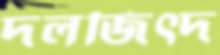
দলজিত্দ